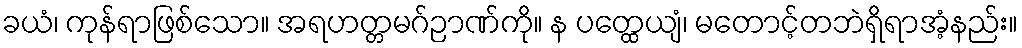
ခယံ၊ ကုန်ရာဖြစ်သော။ အရဟတ္တမဂ်ဉာဏ်ကို။ န ပတ္ထေယျံ၊ မတောင့်တဘဲရှိရာအံ့နည်း။